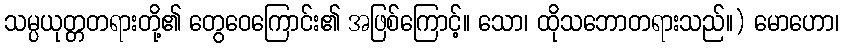
သမ္ပယုတ္တတရားတို့၏ တွေဝေကြောင်း၏ အဖြစ်ကြောင့်။ သော၊ ထိုသဘောတရားသည်။) မောဟော၊